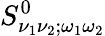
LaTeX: S_{\nu_{1}\nu_{2};\omega_{1}\omega_{2}}^{0}